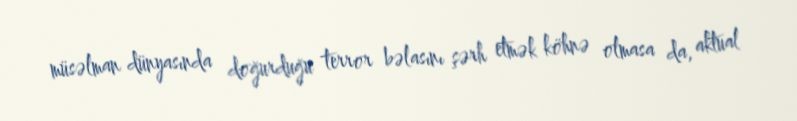
müsəlman dünyasında doğurduğu terror bəlasını şərh etmək köhnə olmasa da, aktual